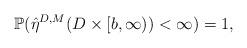
LaTeX: \begin{align*}\mathbb{P}(\hat{\eta}^{D,M}(D\times[b,\infty))<\infty)=1,\end{align*}